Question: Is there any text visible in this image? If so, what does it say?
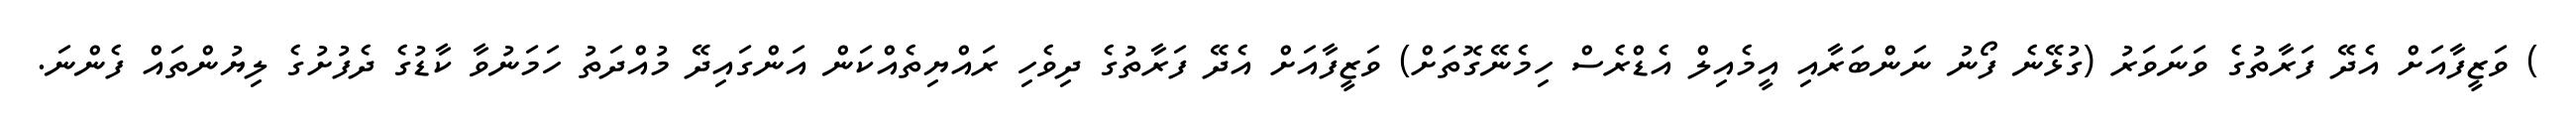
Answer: ) ވަޒީފާއަށް އެދޭ ފަރާތުގެ ވަނަވަރު (ގުޅޭނެ ފޯނު ނަންބަރާއި އީމެއިލް އެޑްރެސް ހިމެނޭގޮތަށް) ވަޒީފާއަށް އެދޭ ފަރާތުގެ ދިވެހި ރައްޔިތެއްކަން އަންގައިދޭ މުއްދަތު ހަމަނުވާ ކާޑުގެ ދެފުށުގެ ލިޔުންތައް ފެންނަ.